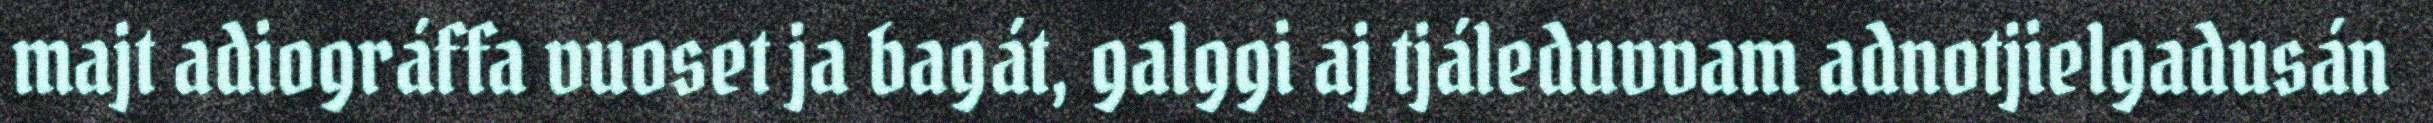
majt adiográffa vuoset ja bagát, galggi aj tjáleduvvam adnotjielgadusán